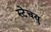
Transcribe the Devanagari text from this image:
स्टेचयु